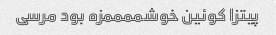
پیتزا کوئین خوشممممزه بود مرسی